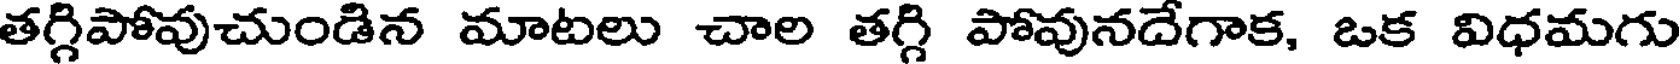
తగ్గిపోవుచుండిన మాటలు చాల తగ్గి పోవునదేగాక, ఒక విధమగు